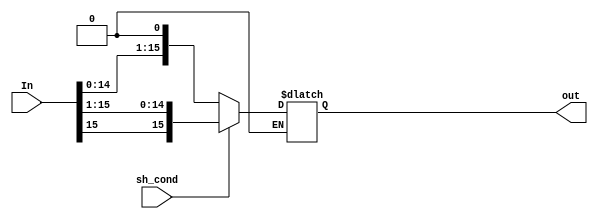
module ShiftArray(In, sh_cond, out);

	parameter nBit = 16;
	
	input [nBit-1:0] In;
	input sh_cond;
	
	output reg [nBit-1:0] out;
	
	always@(*)
	begin
		if(sh_cond == 0)
			out <= {In[nBit-2:0], 1'b0};
		else if(sh_cond == 1)
			out <= {In[nBit-1], In[nBit-1:1]};
	end
	
endmodule